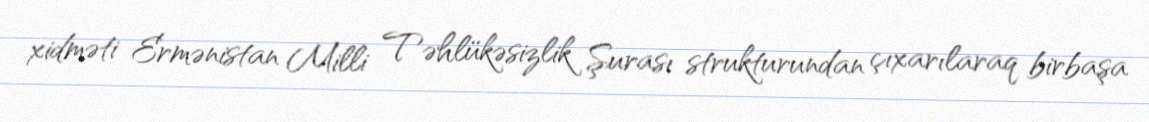
xidməti Ermənistan Milli Təhlükəsizlik Şurası strukturundan çıxarılaraq birbaşa